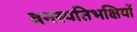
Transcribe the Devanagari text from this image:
वनस्पतिभक्षियों